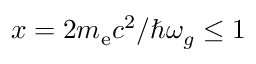
x = 2 m _ { \mathrm { e } } c ^ { 2 } / \hbar \omega _ { g } \leq 1